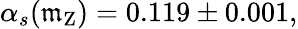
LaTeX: \alpha_{s}(\mathfrak{m}_{\mathrm{{Z}}})=0.119\pm0.001,